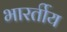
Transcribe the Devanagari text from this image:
भारर्तीय